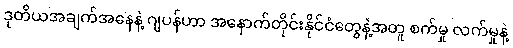
ဒုတိယအချက်အနေနဲ့ ဂျပန်ဟာ အနောက်တိုင်းနိုင်ငံတွေနဲ့အတူ စက်မှု လက်မှုနဲ့